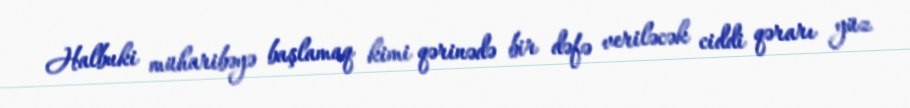
Halbuki müharibəyə başlamaq kimi qərinədə bir dəfə veriləcək ciddi qərarı yüz